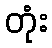
တုံး